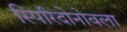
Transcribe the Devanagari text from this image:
स्पिरिदोनोवला